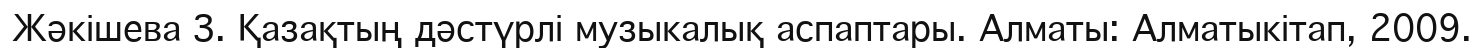
Жәкішева З. Қазақтың дәстүрлі музыкалық аспаптары. Алматы: Алматыкітап, 2009.